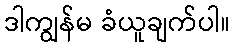
ဒါကျွန်မ ခံယူချက်ပါ။